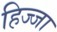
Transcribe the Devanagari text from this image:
हिज्जा